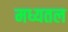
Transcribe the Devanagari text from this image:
मध्यतल